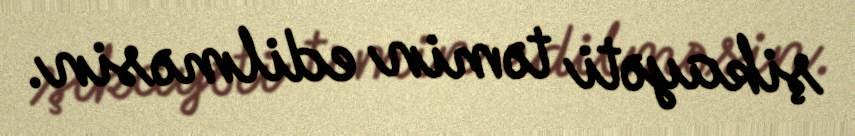
şikayəti təmin edilməsin.